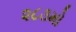
૨૮૩મો